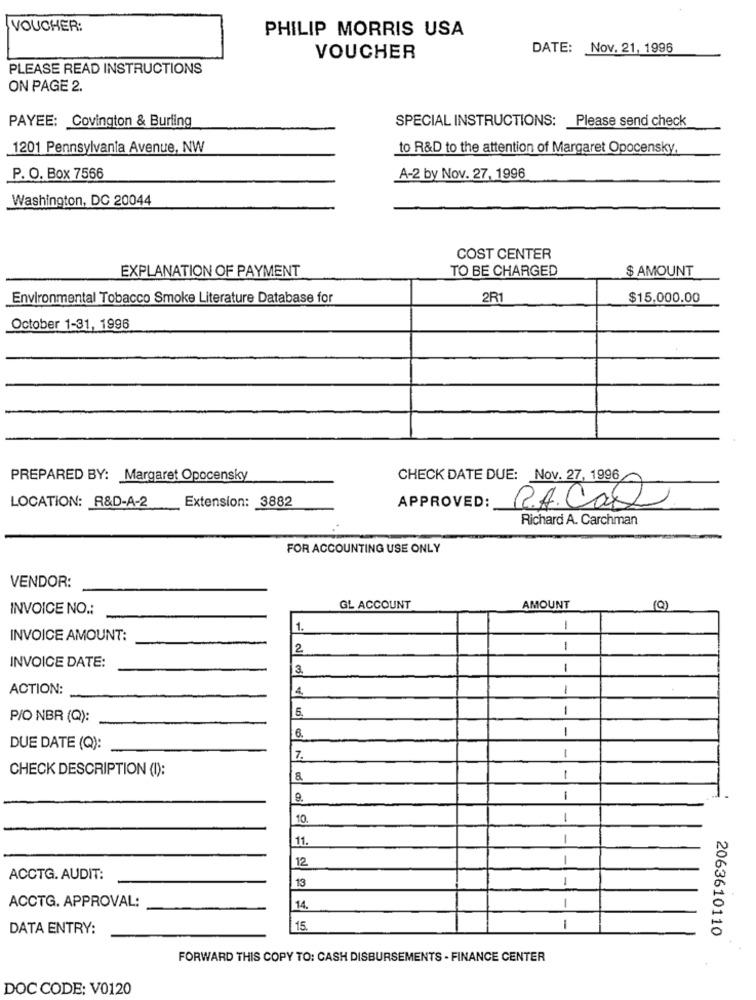
VOUCHER:
PHILIP MORRIS USA
DATE: Nov. 21, 1996
VOUCHER
PLEASE READ INSTRUCTIONS
ON PAGE 2.
PAYEE: Covington & Burling
SPECIAL INSTRUCTIONS: Please send check
1201 Pennsylvania Avenue, NW
to R&D to the attention of Margaret Opocensky,
P. O. Box 7566
A-2 by Nov. 27, 1996
Washington, DC 20044
COST CENTER
EXPLANATION OF PAYMENT
TO BE CHARGED
$ AMOUNT
Environmental Tobacco Smoke Literature Database for
2R1
$15.000.00
October 1-31, 1996
PREPARED BY: Margaret Opocensky
CHECK DATE DUE: Nov. 27, 1996
LOCATION: R&D-A-2
Extension: 3882
APPROVED:
RACas
Richard A. Carchman
FOR ACCOUNTING USE ONLY
VENDOR:
INVOICE NO .:
GL ACCOUNT
AMOUNT
(0)
1.
1
INVOICE AMOUNT:
2
1
INVOICE DATE:
3.
1
ACTION:
4.
1
6.
1
P/O NBR (Q):
6.
1
DUE DATE (Q):
1
7.
CHECK DESCRIPTION (I):
1
9.
-
10.
1
11.
-
12
-
ACCTG. AUDIT:
13
-
ACCTG. APPROVAL:
14.
-
DATA ENTRY:
15.
1
2063610110
FORWARD THIS COPY TO: CASH DISBURSEMENTS - FINANCE CENTER
DOC CODE: V0120